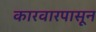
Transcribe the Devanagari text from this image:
कारवारपासून